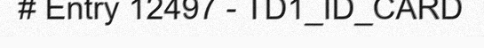
# Entry 12497 - TD1_ID_CARD